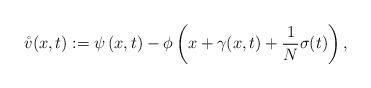
LaTeX: \begin{align*} \mathring{v}(x,t) := \psi\left(x,t\right) - \phi\left(x + \gamma(x,t) + \frac{1}{N} \sigma(t)\right),\end{align*}